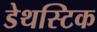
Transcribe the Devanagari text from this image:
डेथस्टिक